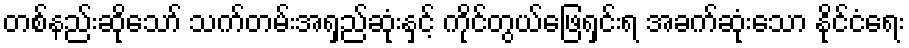
တစ်နည်းဆိုသော် သက်တမ်းအရှည်ဆုံးနှင့် ကိုင်တွယ်ဖြေရှင်းရ အခက်ဆုံးသော နိုင်ငံရေး